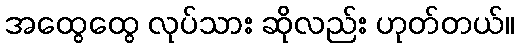
အထွေထွေ လုပ်သား ဆိုလည်း ဟုတ်တယ်။